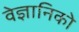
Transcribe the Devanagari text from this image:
वेज्ञानिको